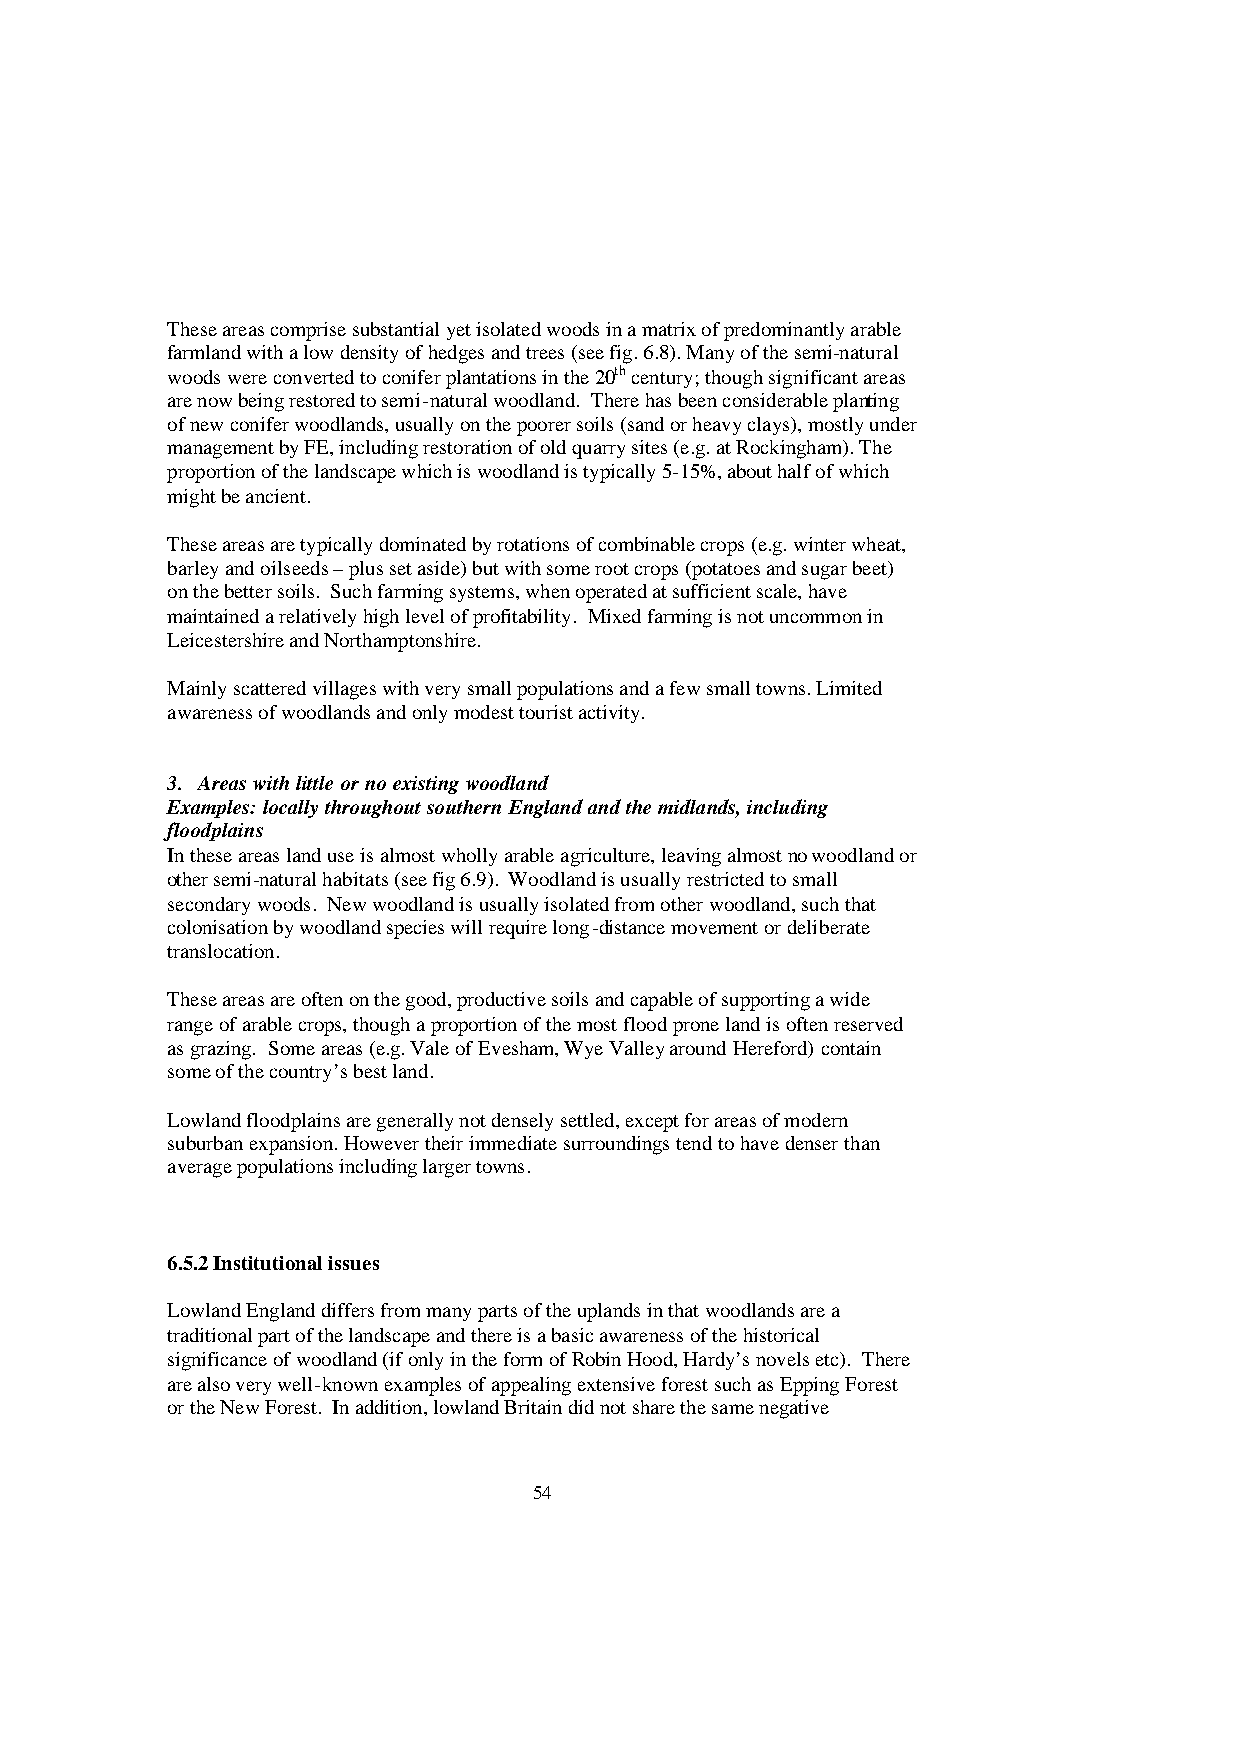
These areas comprise substantial yet isolated woods in a matrix of predominantly arable
 farmland with a low density of hedges and trees (see fig. 6.8). Many of the semi-natural
 woods were converted to conifer plantations in the 20th century; though significant areas
 are now being restored to semi-natural woodland. There has been considerable planting
 of new conifer woodlands, usually on the poorer soils (sand or heavy clays), mostly under
 management by FE, including restoration of old quarry sites (e.g. at Rockingham). The
 proportion of the landscape which is woodland is typically 5-15%, about half of which
 might be ancient.
 These areas are typically dominated by rotations of combinable crops (e.g. winter wheat,
 barley and oilseeds – plus set aside) but with some root crops (potatoes and sugar beet)
 on the better soils. Such farming systems, when operated at sufficient scale, have
 maintained a relatively high level of profitability. Mixed farming is not uncommon in
 Leicestershire and Northamptonshire.
 Mainly scattered villages with very small populations and a few small towns. Limited
 awareness of woodlands and only modest tourist activity.
 3. Areas with little or no existing woodland
 Examples: locally throughout southern England and the midlands, including
 floodplains
 In these areas land use is almost wholly arable agriculture, leaving almost no woodland or
 other semi-natural habitats (see fig 6.9). Woodland is usually restricted to small
 secondary woods. New woodland is usually isolated from other woodland, such that
 colonisation by woodland species will require long-distance movement or deliberate
 translocation.
 These areas are often on the good, productive soils and capable of supporting a wide
 range of arable crops, though a proportion of the most flood prone land is often reserved
 as grazing. Some areas (e.g. Vale of Evesham, Wye Valley around Hereford) contain
 some of the country’s best land.
 Lowland floodplains are generally not densely settled, except for areas of modern
 suburban expansion. However their immediate surroundings tend to have denser than
 average populations including larger towns.
 6.5.2 Institutional issues
 Lowland England differs from many parts of the uplands in that woodlands are a
 traditional part of the landscape and there is a basic awareness of the historical
 significance of woodland (if only in the form of Robin Hood, Hardy’s novels etc). There
 are also very well-known examples of appealing extensive forest such as Epping Forest
 or the New Forest. In addition, lowland Britain did not share the same negative
 54